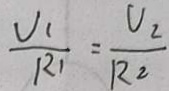
\frac { U _ { 1 } } { R _ { 1 } } = \frac { U _ { 2 } } { R _ { 2 } }